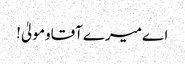
اےمیرےآقاومولیٰ!